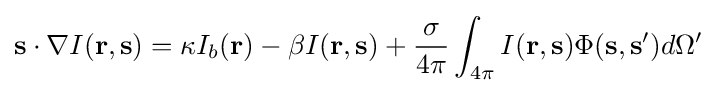
\mathbf {s} \cdot \nabla I(\mathbf {r} ,\mathbf {s} )=\kappa I_{b}(\mathbf {r} )-\beta I(\mathbf {r} ,\mathbf {s} )+{\frac {\sigma }{4\pi }}\int _{4\pi }I(\mathbf {r} ,\mathbf {s} )\Phi (\mathbf {s} ,\mathbf {s'} )d\Omega '